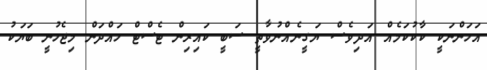
އަހަންނަކީ ކާކުކަމެއް އަދިވެސް ޔަގީނެއްނުވާތީ ސަބީ ކައިރިން ޓެސްޓް ހައްދަން މިޖެހުނީ ބަޔަކު